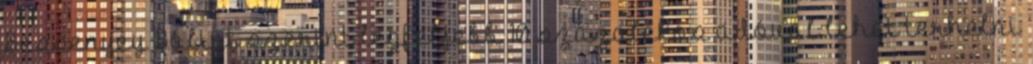
Bessenyey Bálint szerint legfeljebb 10 százalékos adóval lehet terhelni